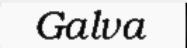
Galva